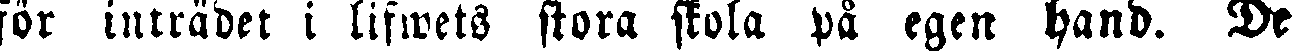
för inträdet i lifwets stora skola på egen hand. De